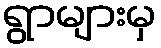
ရွာများမှ